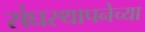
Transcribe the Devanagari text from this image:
संघस्थापनेच्या